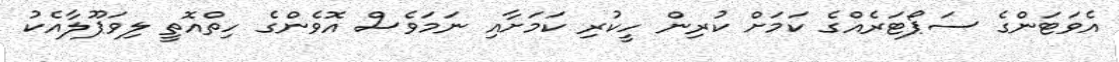
އެވަޓަންގެ ސަޕޯޓަރެއްގެ ކަމަށް ކުރިން ހީކުރި ކަމަށާއި ނަމަވެސް އޮވެންގެ ހިތްއޮތީ ލިވަޕޫލާއެކު